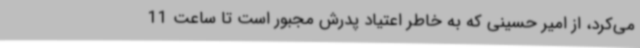
می‌کرد، از امیر حسینی که به خاطر اعتیاد پدرش مجبور است تا ساعت 11